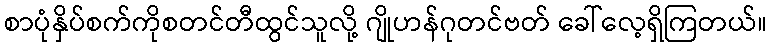
စာပုံနှိပ်စက်ကိုစတင်တီထွင်သူလို့ ဂျိုဟန်ဂုတင်ဗတ် ခေါ်လေ့ရှိကြတယ်။